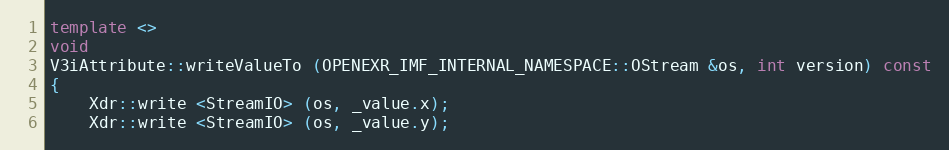
Language: C++
template <>
void
V3iAttribute::writeValueTo (OPENEXR_IMF_INTERNAL_NAMESPACE::OStream &os, int version) const
{
    Xdr::write <StreamIO> (os, _value.x);
    Xdr::write <StreamIO> (os, _value.y);